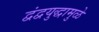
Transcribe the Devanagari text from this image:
द्वंद्वयुद्धामुळे